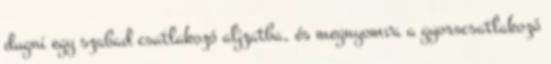
dugni egy szabad csatlakozó aljzatba, és megnyomva a gyorscsatlakozó